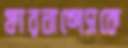
ফারনান্দেসকে